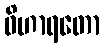
ဝိဟာရတော